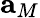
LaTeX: \mathbf{a}_{M}